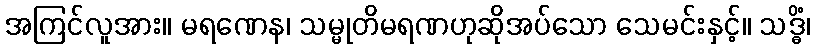
အကြင်လူအား။ မရဏေန၊ သမ္မုတိမရဏဟုဆိုအပ်သော သေမင်းနှင့်။ သဒ္ဓိံ၊